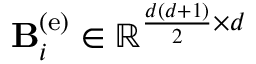
{ \bf B } _ { i } ^ { \left( \mathrm { e } \right) } \in \mathbb { R } ^ { \frac { d \left( d + 1 \right) } { 2 } \times d }